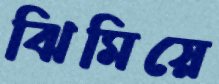
ঝিমিয়ে